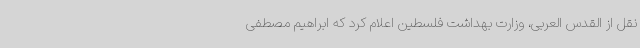
نقل از القدس العربی، وزارت بهداشت فلسطین اعلام کرد که ابراهیم مصطفی